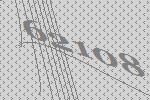
62108